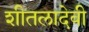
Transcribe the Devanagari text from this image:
शीतलादेवी